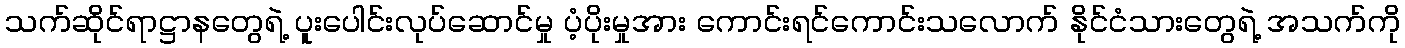
သက်ဆိုင်ရာဋ္ဌာနတွေရဲ့ ပူးပေါင်းလုပ်ဆောင်မှု ပံ့ပိုးမှုအား ကောင်းရင်ကောင်းသလောက် နိုင်ငံသားတွေရဲ့ အသက်ကို